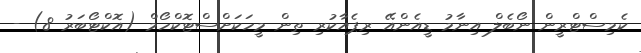
ކެމިސްޓްރީން ނޯބެލް އިނާމު ޑީއެންއޭ ރިޕެއާކުރި ތިން މީހަކަށްސްޓޮކްހޯމް (އޮކްޓޯބަރު 8) -